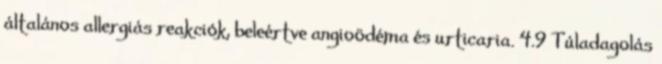
általános allergiás reakciók, beleértve angioödéma és urticaria. 4.9 Túladagolás